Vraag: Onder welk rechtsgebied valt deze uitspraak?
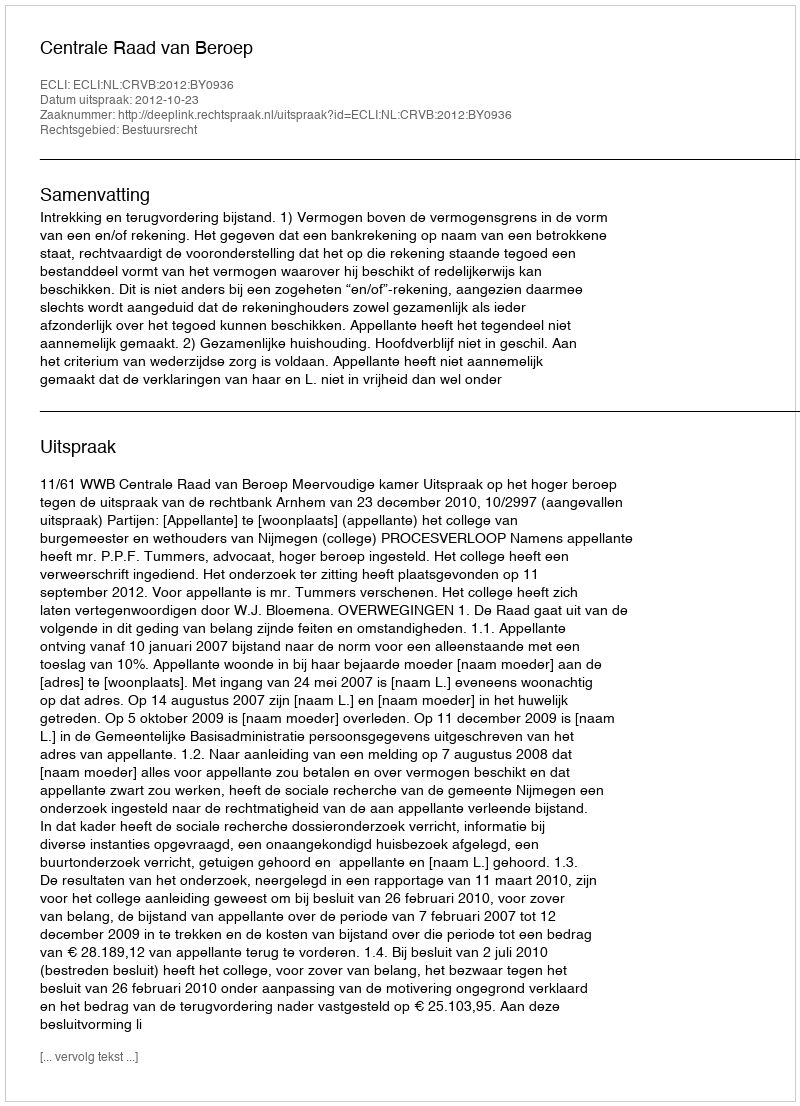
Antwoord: Bestuursrecht